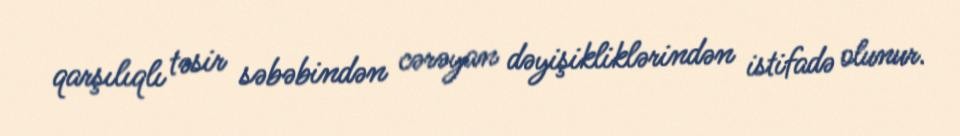
qarşılıqlı təsir səbəbindən cərəyan dəyişikliklərindən istifadə olunur.